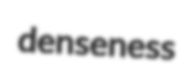
denseness